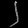
Digit: ၂